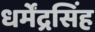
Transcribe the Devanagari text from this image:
धर्मेंद्रसिंह